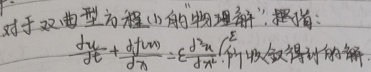
对于双曲型方程(1)的“物理斜”摆谐：
\(\frac{\partial^{2} u}{\partial t^{2}} + a \frac{\partial^{2} u}{\partial x^{2}} = \varepsilon \frac{\partial^{2} u}{\partial x \partial t}\)
(所收使得讨论的解)